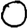
Digit: 0